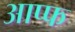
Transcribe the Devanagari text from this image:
आप्फ